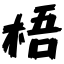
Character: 梧